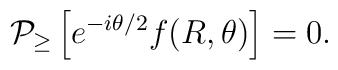
{\cal P}_{\geq}   \left[ e^{-i \theta /2}f(R,\theta) \right] =0.